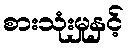
စားသုံးမှုနှင့်